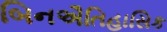
બિનઐતિહાસિક